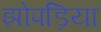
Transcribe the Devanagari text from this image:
झोपड़िया